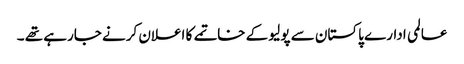
عالمی ادارے پاکستان سے پولیو کے خاتمے کا اعلان کرنے جارہے تھے ۔